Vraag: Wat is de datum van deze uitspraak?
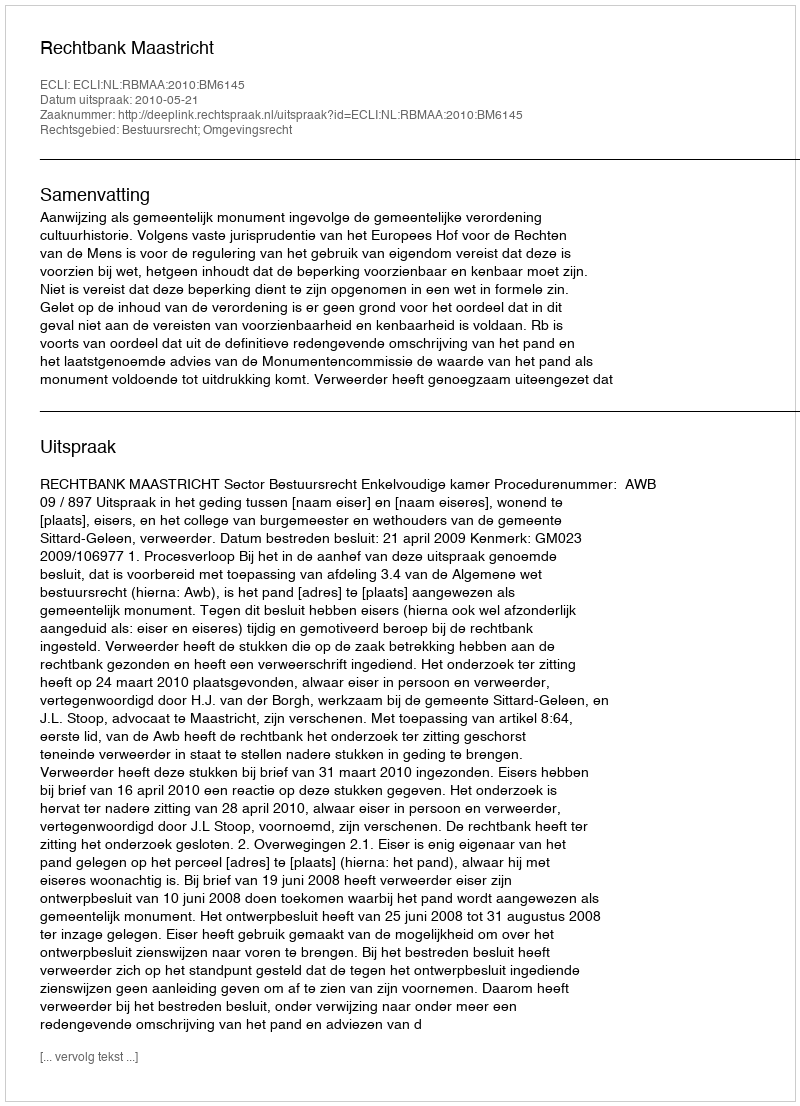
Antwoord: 2010-05-21